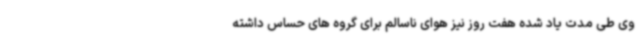
وی طی مدت یاد شده هفت روز نیز هوای ناسالم برای گروه های حساس داشته